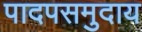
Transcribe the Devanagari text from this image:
पादपसमुदाय